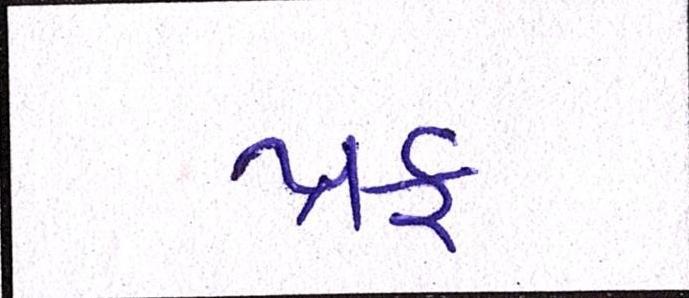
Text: પ્રુફ